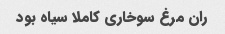
ران مرغ سوخاری کاملا سیاه بود